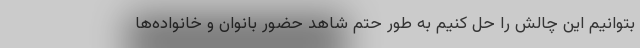
بتوانیم این چالش را حل کنیم به طور حتم شاهد حضور بانوان و خانواده‌ها